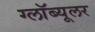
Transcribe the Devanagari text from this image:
ग्लॉब्यूलर